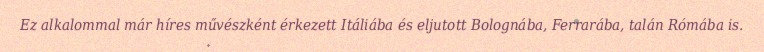
Ez alkalommal már híres művészként érkezett Itáliába és eljutott Bolognába, Ferrarába, talán Rómába is.